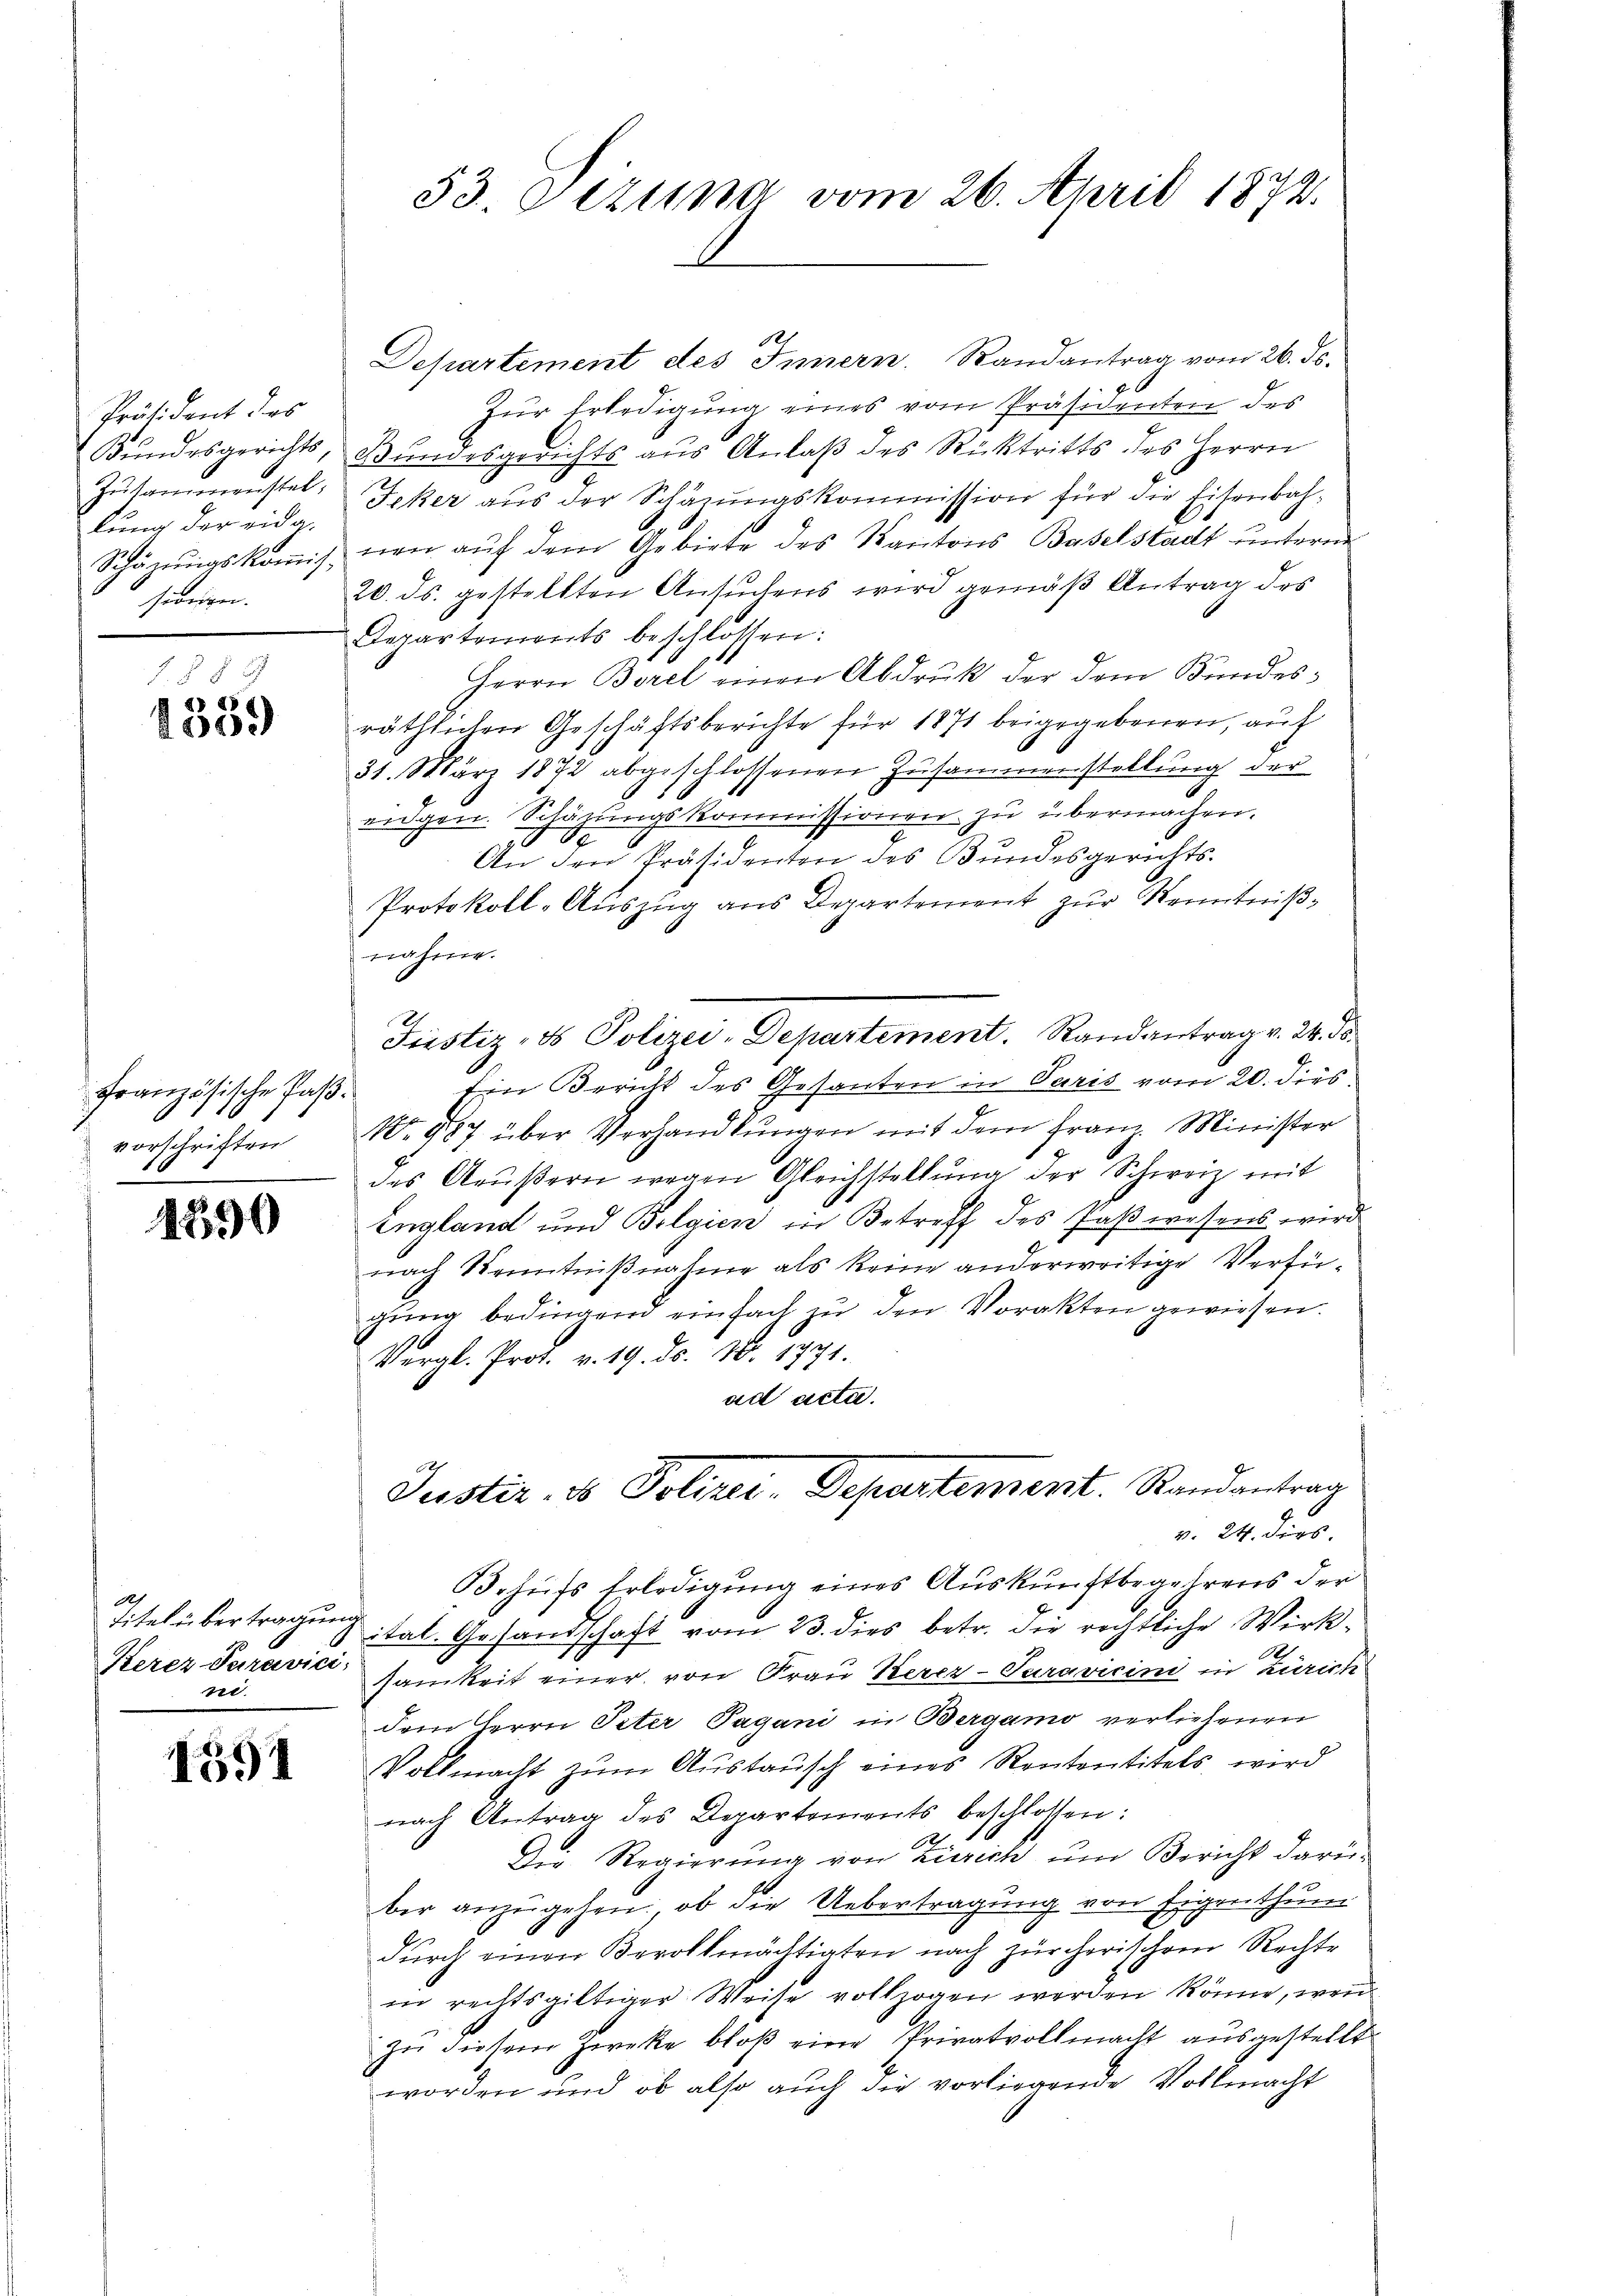
Präsident des
Bundesgerichts
Zusammenstel,
lung der eidg.
Schäzungskoṁis-
sideren.

f. §§ 2
8) 88
1009

Französische Paßvorschriften

1890

Titel übertragung
Kerez-Paravici,
nt.

1591

Departement des Innern. Randantrag vom 26. ds.
Zur Erledigung eines vom Präsidenten des
Bundesgerichts aus Anlaß des Rücktritts des Herrn
Jeker aus der Schazungskommission für die Eisenbahnen auf dem Gebiete des Kantons Baselstadt unterm
20. ds. gestellten Ansuchens wird gemäß Antrag des
Departements beschlossen:
Herrn Borel einen Abdruk der dem Bundesräthlichen Geschäftsberichte für 1871 beigegebenen, auf
31. März 1872 abgeschlossenen Zusammenstellung der
eidgen. Schäzungskommissionen zu übermachen.
8x
An den Präsidenten des Bundesgerichts-
Protokoll-Auszug aus Departement zŭr Kenntniß,
nnahme.
Justiz- & Polizei-Departement. Randantrag v. 24. ds.
Ein Bericht des Gesanten in Paris vom 20. dies
No 987 über Verhandlŭngen mit dem Franz Minister
des Aeußern wegen Gleichstellung der Schweiz mit
England und Belgien in Betreff des Paßwesens wird
nach Kenntnißnahme als keine anderweitige Verfügŭng bedingend einfach zu den Vorakten gewiesen.
Vergl. Prot. v. 19. ds. No. 1771.
ad acta.
Justiz- & Polizei-Departement. Randantrag
v. 24. ders.
Behufs Erledigung eines Auskunftbegehrens der
ital. Gesandschaft vom 23. dies betr. die rechtliche Wirk¬
.
samkeit einer von Frau Kerer-Turavicini in Zürich
dem Herrn Peter Pagani in Bergamo verliehenen
Vollmacht zum Austausch eines Rententitels wird
nach Antrag des Departements beschlossen:
Die Regierung von Zürich um Bericht darü-
ber anzugehen, ob die Uebertragung von Eigenthum
durch einen Berollmächtigten nach zürcherischem Rechte
in rechtsgültiger Weise vollzogen werden könne, wen
zu diesem Zwecke bloß eine Privatvollmacht ausgestellt
worden und ob also auch die vorliegende Vollmacht

33. Sitzung vom 26. April 1872.